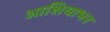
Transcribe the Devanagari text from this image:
आशियाभर